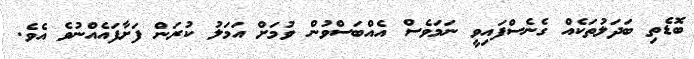
ބޮޑެތި ބަދަލުތަކެއް ގެނެސްފައިވީ ނަމަވެސް އެއްބަސްވުން ވުމަށް އަމަލު ކުރަން ފަށާފައެއްނުވެ އެވެ.